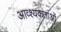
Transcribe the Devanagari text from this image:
आव्श्यकताओं